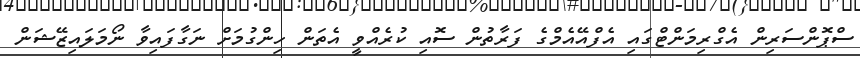
ސްޕޮންސަރިން އެގްރިމަންޓްގައި އެފްއޭއެމްގެ ފަރާތުން ސޮއި ކުރެއްވީ އެތަން ހިންގުމަށް ނަގާފައިވާ ނޯމަލައިޒޭޝަން